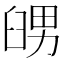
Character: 𦥶